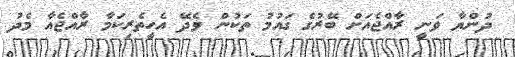
ދުންޔާ ވަނީ ރާއްޖެއަށް ބޭރުގެ ގައުމު ތަކުން ވެދޭ އެހީތެރިކަމާ ރާއްޖެއާ މެދު